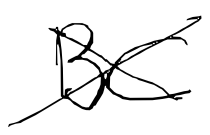
Text: BC
Cross-out: cross
Writing tool: digital_black